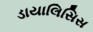
ડાયાલિસિસ